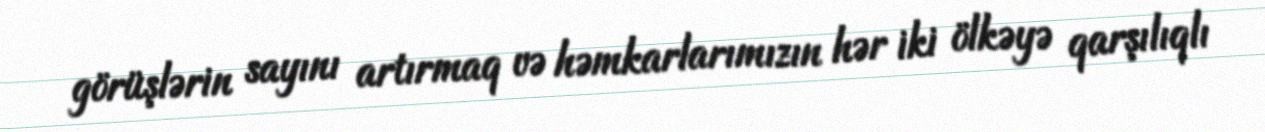
görüşlərin sayını artırmaq və həmkarlarımızın hər iki ölkəyə qarşılıqlı